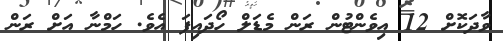
ވާދަކޮށް 12 އިވެންޓުން ރަން މެޑަލް ހޯދައިފަ އެވެ. ހަމްނާ އަށް ރަން